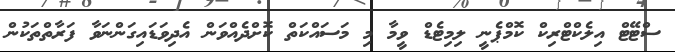
ސްޓޭޓް އިލެކްޓްރިކް ކޮމްޕެނީ ލިމިޓެޑް ވީމާ މި މަސައްކަތް ކޮށްދެއްވަން އެދިވަޑައިގަންނަވާ ފަރާތްތަކުން